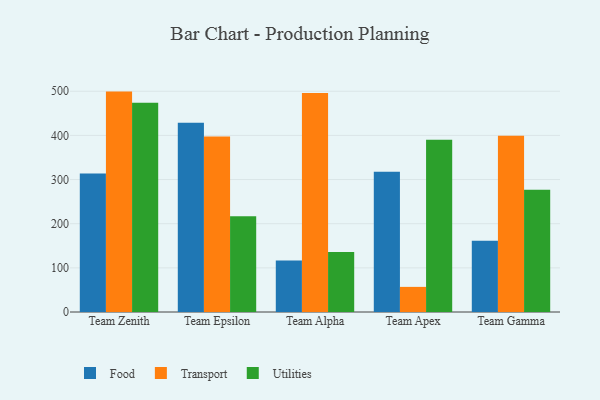
{"axis": {"x": "Team", "y": "Inventory Turnover"}, "legend": ["Food", "Transport", "Utilities"], "data": [{"x": "Team Zenith", "y": 313.9, "type": "Food"}, {"x": "Team Zenith", "y": 499.2, "type": "Transport"}, {"x": "Team Zenith", "y": 474.2, "type": "Utilities"}, {"x": "Team Epsilon", "y": 428.9, "type": "Food"}, {"x": "Team Epsilon", "y": 397.7, "type": "Transport"}, {"x": "Team Epsilon", "y": 217.0, "type": "Utilities"}, {"x": "Team Alpha", "y": 116.8, "type": "Food"}, {"x": "Team Alpha", "y": 496.3, "type": "Transport"}, {"x": "Team Alpha", "y": 135.8, "type": "Utilities"}, {"x": "Team Apex", "y": 317.8, "type": "Food"}, {"x": "Team Apex", "y": 56.9, "type": "Transport"}, {"x": "Team Apex", "y": 390.3, "type": "Utilities"}, {"x": "Team Gamma", "y": 161.5, "type": "Food"}, {"x": "Team Gamma", "y": 399.3, "type": "Transport"}, {"x": "Team Gamma", "y": 277.0, "type": "Utilities"}]}